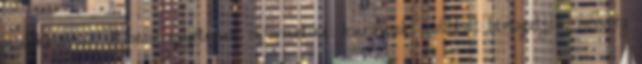
munkatársai. A pécsi egyetemen informatikai kurzusok indítását támogatják, nemrég